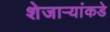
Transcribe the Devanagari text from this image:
शेजाऱ्यांकडे